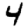
Digit: 4